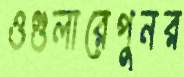
ওগুলারেপুনর